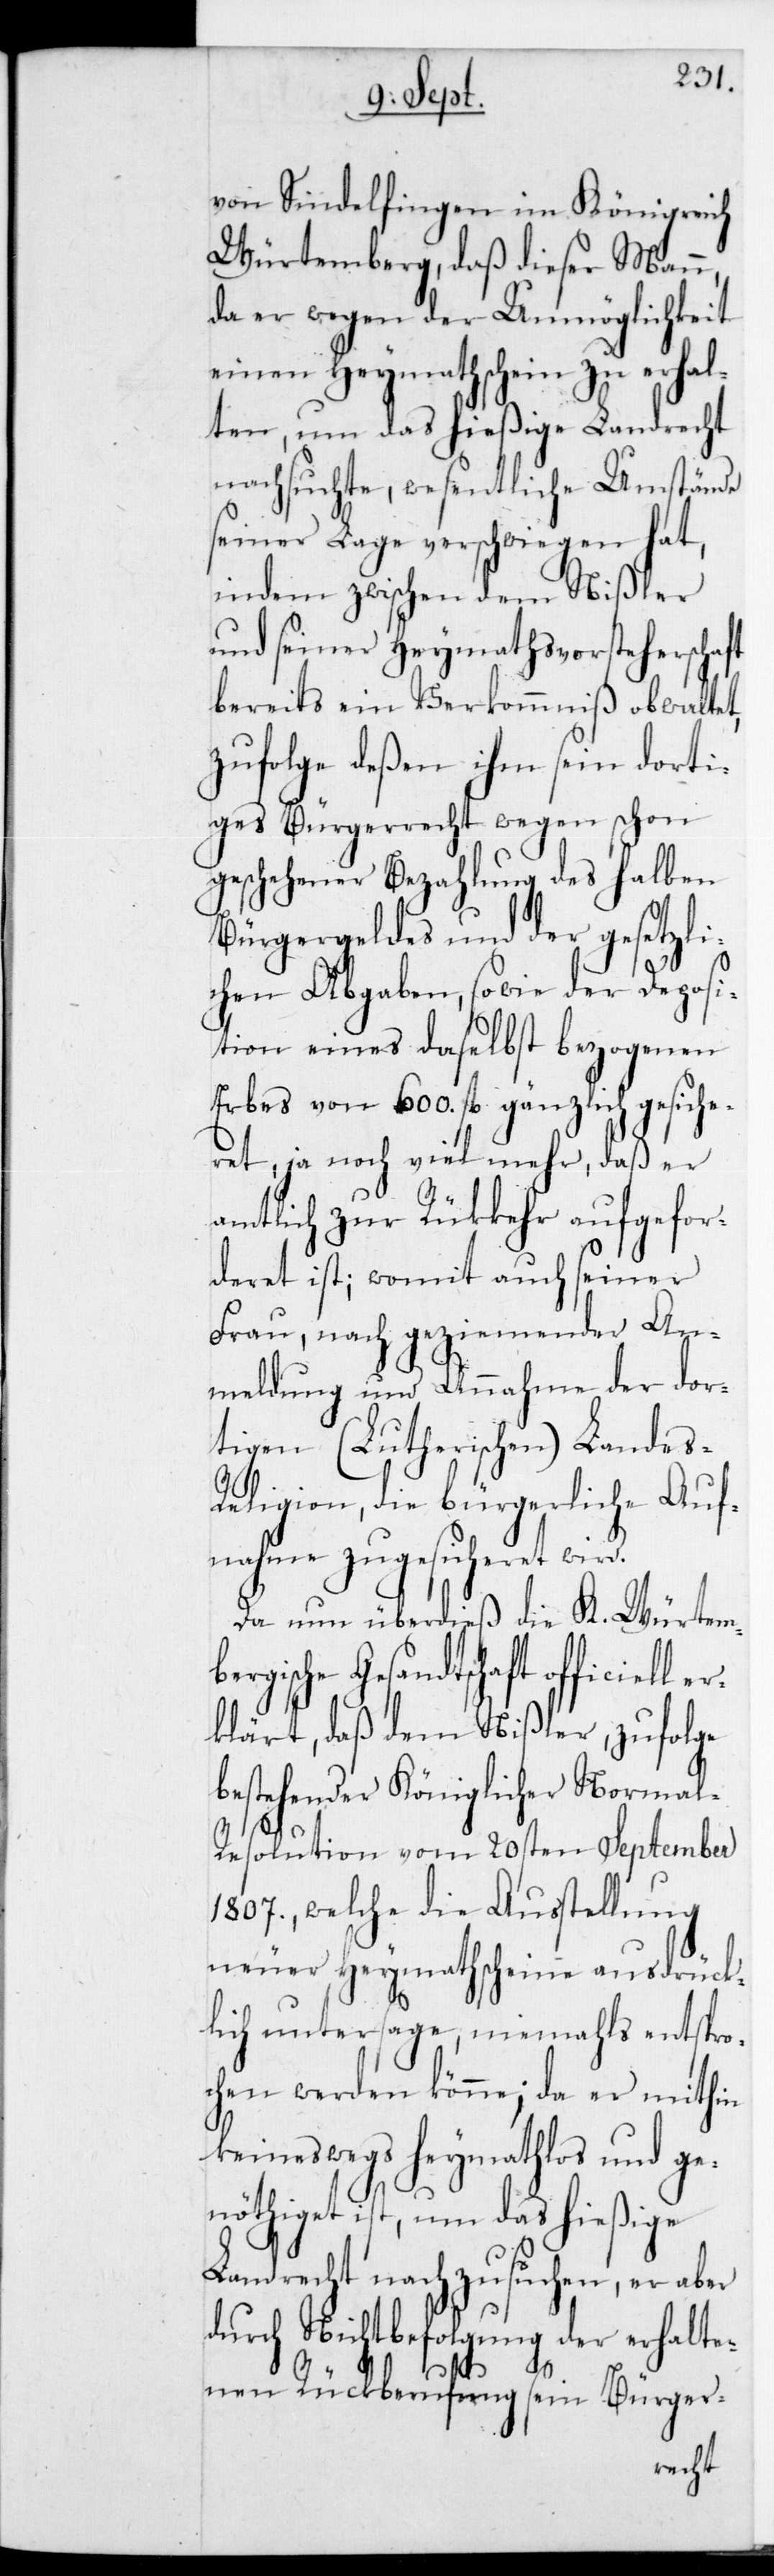
ll er¬
von Sindelfingen im Königreich
Würtemberg, daß dieser
da er wegen der Unmöglichkeit
einen Heymathschein zu erhal¬
ten, um das hießige Landrecht
nachsuchte, wesentliche Umstände
seiner Lage verschwiegen hat,
indem zwischen dem Nißler
und seiner Heymathvorsteherschaft
bereits ein Verkommniß obwaltet,
zufolge deßen ihm sein dorti¬
ges Bürgerrecht wegen schon
geschehener Bezahlung des halben
Bürgergeldes und der gesetzli¬
chen Abgaben, sowie der Deposi¬
tion eines daselbst bezogenen
Erbes von 600 fl. gänzlich gesiche¬
ret, ja noch viel mehr, daß er
amtlich zur Rückkehr aufgefor¬
deret ist; womit auch seiner
Frau, nach geziemender An¬
meldung und Annahme der dor¬
tigen (Lutherischen) Landes¬
religion, die bürgerliche Auf¬
nahme zugesicheret wird.
Da nun überdies die K.-Würtemb¬
ergische Gesandtschaft officie¬
klärt, daß dem Nißler, zufolge
bestehender Königlicher Normal-R¬
esolution vom 20sten September
1807, welche die Ausstellung
neuer Heymathscheine ausdrück¬
lich untersage, niemahls entspro¬
chen werden könne; da er mithin
keineswegs Heymathlos und ge¬
nöthiget ist, um das hießige
Landrecht nachzusuchen, er aber
durch Nichtbefolgung der erhalte¬
nen Rückberufung sein Bürger-